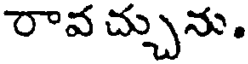
రావ చ్చును.